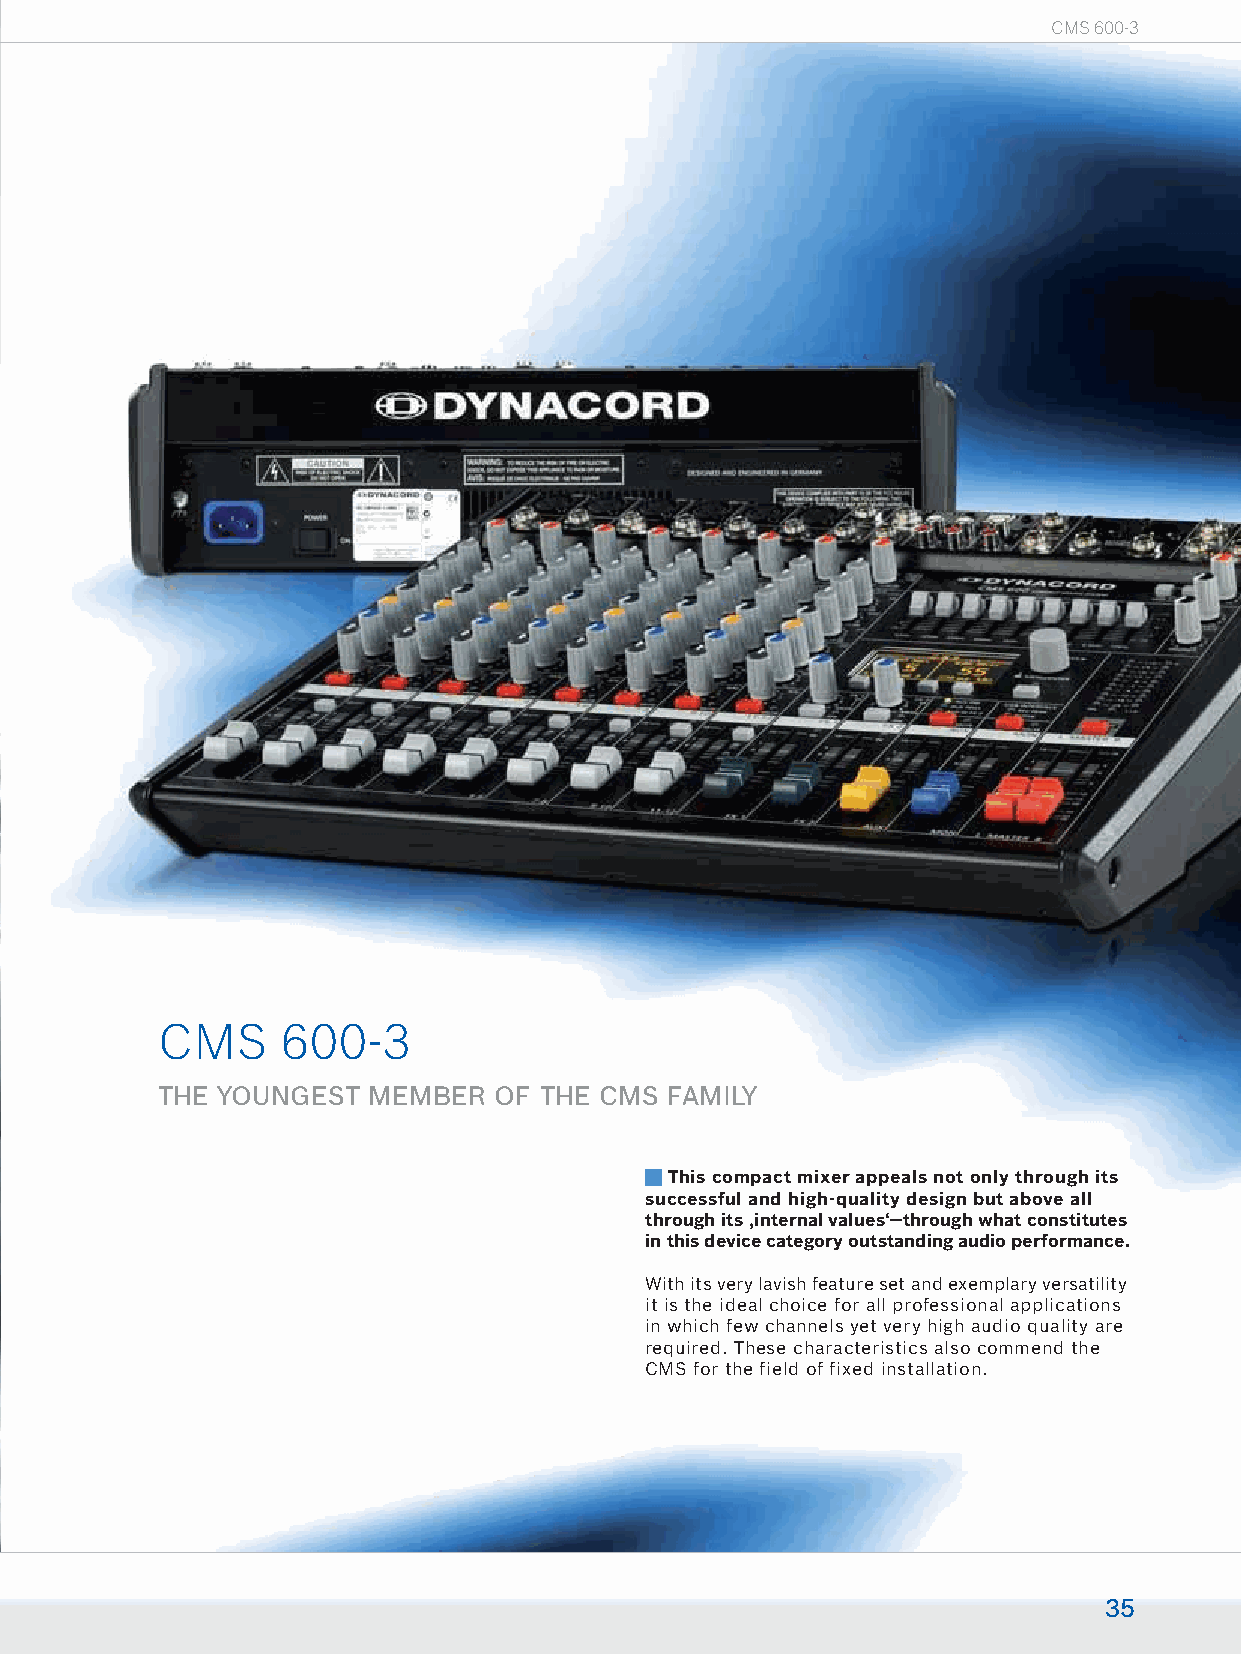
CMS 600-3
 CMS     600-3
 THE YOUNGEST  MEMBER   OF THE CMS FAMILY
 This compact mixer appeals not only through its
 successful and high-quality design but above all
 through its ‚internal values‘—through what constitutes
 in this device category outstanding audio performance.
 With its very lavish feature set and exemplary versatility
 it is the ideal choice for all professional applications
 in which few channels yet very high audio quality are
 required. These characteristics also commend the
 CMS for the field of fixed installation.
 35